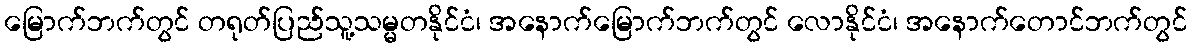
မြောက်ဘက်တွင် တရုတ်ပြည်သူ့သမ္မတနိုင်ငံ၊ အနောက်မြောက်ဘက်တွင် လောနိုင်ငံ၊ အနောက်တောင်ဘက်တွင်